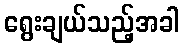
ရွေးချယ်သည့်အခါ